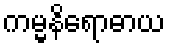
ကမ္မနိရောဓာယ